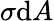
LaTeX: \sigma\mathrm{d}A